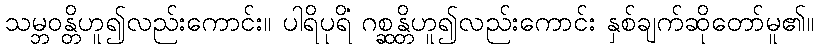
သမ္ဘဝန္တိဟူ၍လည်းကောင်း။ ပါရိပုရိံ ဂစ္ဆန္တိဟူ၍လည်းကောင်း နှစ်ချက်ဆိုတော်မူ၏။